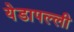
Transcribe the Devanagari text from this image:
येडापल्ली